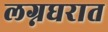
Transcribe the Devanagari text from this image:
लग्नघरात